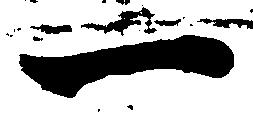
一